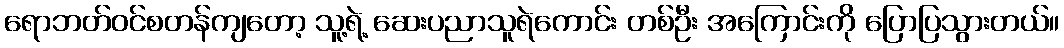
ရောဘတ်ဝင်စတန်ကျတော့ သူ့ရဲ့ ဆေးပညာသူရဲကောင်း တစ်ဦး အကြောင်းကို ပြောပြသွားတယ်။